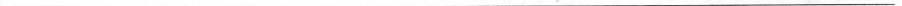
___